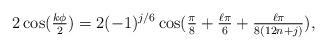
LaTeX: \begin{align*}2\cos(\tfrac{k\phi}{2}) = 2(-1)^{j/6} \cos(\tfrac{\pi}{8}+ \tfrac{\ell \pi}{6} + \tfrac{\ell \pi}{8(12n+j)}), \end{align*}